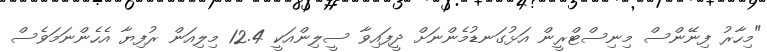
"މިހާރު ފިނޭންސް މިިނިސްޓްރީން އަޅުގަނޑުމެންނަށް ދީފައިވާ ސީލިންއަކީ 12.4 މިލިއަން ރުފިޔާ އެހެންނަމަވެސް